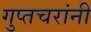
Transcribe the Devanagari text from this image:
गुप्तचरांनी